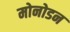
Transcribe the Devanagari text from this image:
मोनोडन